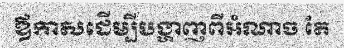
ឪកាសដើម្បីបង្ហាញពីអំណាច តែ